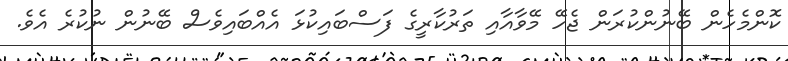
ކޮންމެހެން ބޭނުންކުރަން ޖެހޭ މޭވާއާއި ތަރުކާރީގެ ފަސްބައިކުޅަ އެއްބައިވެސް ބޭނުން ނުކުރެ އެވެ.